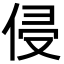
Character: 侵